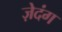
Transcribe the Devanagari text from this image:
ज़ेदंग